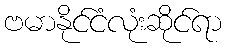
ဗမာနိုင်ငံလုံးဆိုင်ရာ